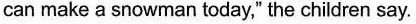
can make a snowman today," the children say.